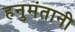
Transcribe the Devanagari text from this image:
हनुमंतानी